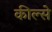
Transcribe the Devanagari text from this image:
कील्से